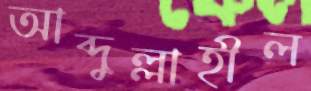
আব্দুল্লাহীল